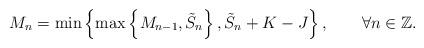
LaTeX: \begin{align*}M_n=\min\left\{\max\left\{M_{n-1},\tilde{S}_n\right\}, \tilde{S}_n+K-J\right\},\qquad\forall n \in \mathbb{Z}.\end{align*}